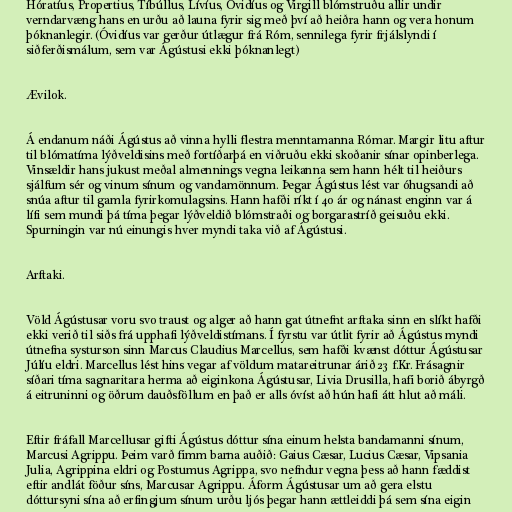
Hóratíus, Propertius, Tíbúllus, Lívíus, Óvidíus og Virgill blómstruðu allir undir
verndarvæng hans en urðu að launa fyrir sig með því að heiðra hann og vera honum
þóknanlegir. (Óvidíus var gerður útlægur frá Róm, sennilega fyrir frjálslyndi í
siðferðismálum, sem var Ágústusi ekki þóknanlegt)

Ævilok.

Á endanum náði Ágústus að vinna hylli flestra menntamanna Rómar. Margir litu aftur
til blómatíma lýðveldisins með fortíðarþá en viðruðu ekki skoðanir sínar opinberlega.
Vinsældir hans jukust meðal almennings vegna leikanna sem hann hélt til heiðurs
sjálfum sér og vinum sínum og vandamönnum. Þegar Ágústus lést var óhugsandi að
snúa aftur til gamla fyrirkomulagsins. Hann hafði ríkt í 40 ár og nánast enginn var á
lífi sem mundi þá tíma þegar lýðveldið blómstraði og borgarastríð geisuðu ekki.
Spurningin var nú einungis hver myndi taka við af Ágústusi.

Arftaki.

Völd Ágústusar voru svo traust og alger að hann gat útnefnt arftaka sinn en slíkt hafði
ekki verið til siðs frá upphafi lýðveldistímans. Í fyrstu var útlit fyrir að Ágústus myndi
útnefna systurson sinn Marcus Claudius Marcellus, sem hafði kvænst dóttur Ágústusar
Júlíu eldri. Marcellus lést hins vegar af völdum matareitrunar árið 23 f.Kr. Frásagnir
síðari tíma sagnaritara herma að eiginkona Ágústusar, Livia Drusilla, hafi borið ábyrgð
á eitruninni og öðrum dauðsföllum en það er alls óvíst að hún hafi átt hlut að máli.

Eftir fráfall Marcellusar gifti Ágústus dóttur sína einum helsta bandamanni sínum,
Marcusi Agrippu. Þeim varð fimm barna auðið: Gaius Cæsar, Lucius Cæsar, Vipsania
Julia, Agrippina eldri og Postumus Agrippa, svo nefndur vegna þess að hann fæddist
eftir andlát föður síns, Marcusar Agrippu. Áform Ágústusar um að gera elstu
dóttursyni sína að erfingjum sínum urðu ljós þegar hann ættleiddi þá sem sína eigin